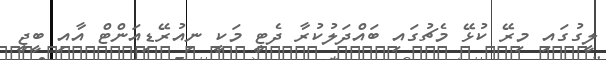
ލީގުގައި މިރޭ ކުޅޭ މެޗުގައި ބައްދަލުކުރާ ދެޓީ މަކީ ނިއުރޭޑިއަންޓް އާއި ބީޖީ